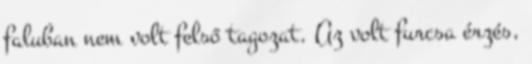
faluban nem volt felső tagozat. Az volt furcsa érzés,